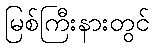
မြစ်ကြီးနားတွင်